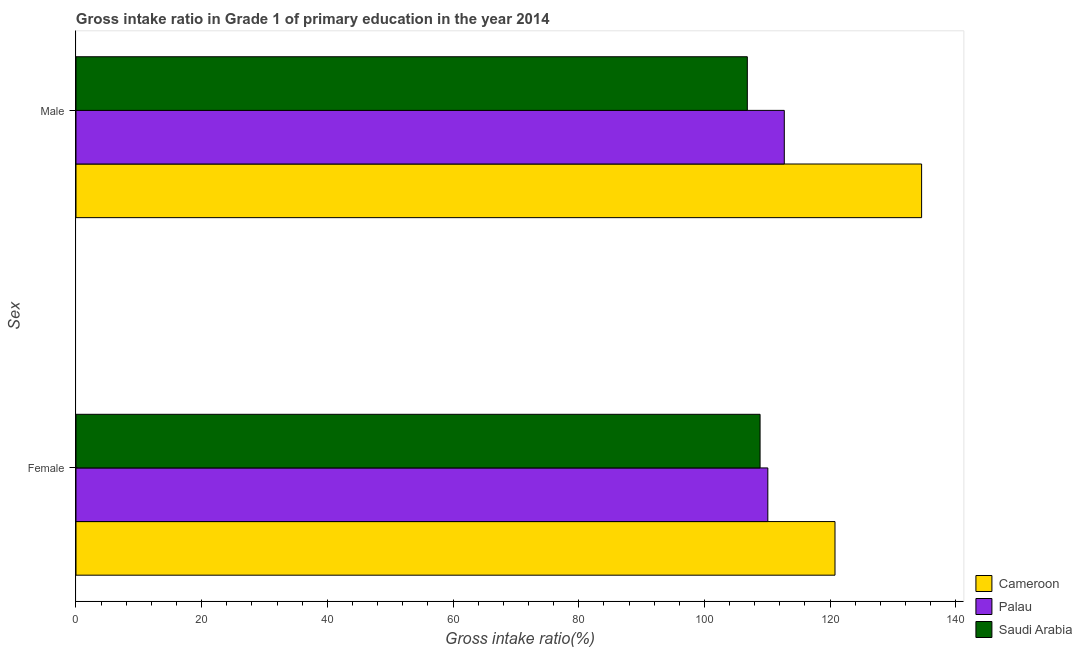
| Sex | Cameroon | Palau | Saudi Arabia |
 | --- | --- | --- | --- |
 | Female | 121 | 110 | 109 |
 | Male | 135 | 113 | 107 |